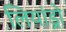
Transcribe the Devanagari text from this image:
लियांड्रो